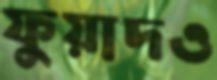
ফুয়াদও